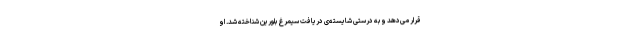
قرار می‌دهد و به درستی شایسته‌ی دریافت سیمرغ بلورین شناخته شد. او